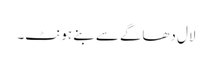
لال دھاگے سے بنے ہونٹ۔